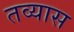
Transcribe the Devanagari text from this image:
तव्यास